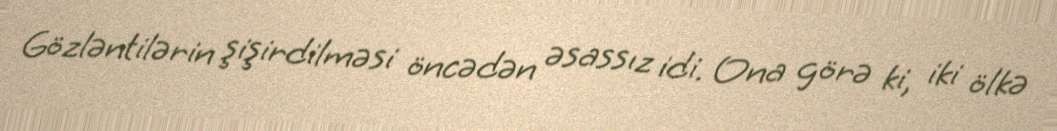
Gözləntilərin şişirdilməsi öncədən əsassız idi. Ona görə ki, iki ölkə